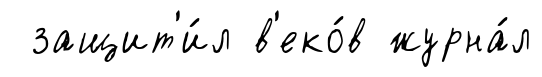
защит'и́л в'еко́в журна́л